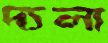
দ্যলা